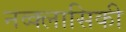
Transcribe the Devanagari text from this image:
नव्क्लासिकी